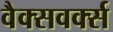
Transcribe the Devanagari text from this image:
वैक्सवर्क्स